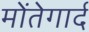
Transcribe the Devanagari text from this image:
मोंतेगार्द